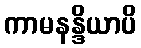
ကာမနန္ဒိယာပိ